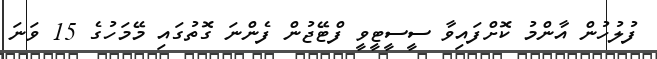
ފުލުހުން އާންމު ކޮށްފައިވާ ސީސީޓީވީ ފްޓޭޖުން ފެންނަ ގޮތުގައި މޭމަހުގެ 15 ވަނަ